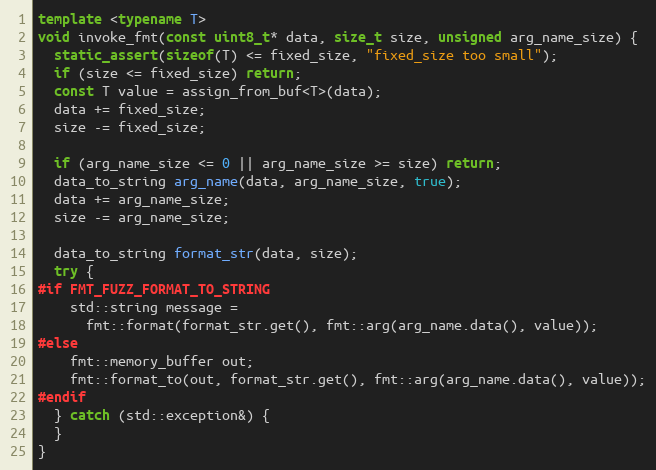
Language: C++
template <typename T>
void invoke_fmt(const uint8_t* data, size_t size, unsigned arg_name_size) {
  static_assert(sizeof(T) <= fixed_size, "fixed_size too small");
  if (size <= fixed_size) return;
  const T value = assign_from_buf<T>(data);
  data += fixed_size;
  size -= fixed_size;

  if (arg_name_size <= 0 || arg_name_size >= size) return;
  data_to_string arg_name(data, arg_name_size, true);
  data += arg_name_size;
  size -= arg_name_size;

  data_to_string format_str(data, size);
  try {
#if FMT_FUZZ_FORMAT_TO_STRING
    std::string message =
      fmt::format(format_str.get(), fmt::arg(arg_name.data(), value));
#else
    fmt::memory_buffer out;
    fmt::format_to(out, format_str.get(), fmt::arg(arg_name.data(), value));
#endif
  } catch (std::exception&) {
  }
}